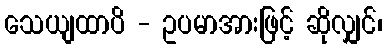
သေယျထာပိ - ဥပမာအားဖြင့် ဆိုလျှင်၊